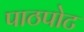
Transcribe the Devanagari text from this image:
पाठपोट